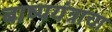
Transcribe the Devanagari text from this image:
बाष्पयंत्राचा